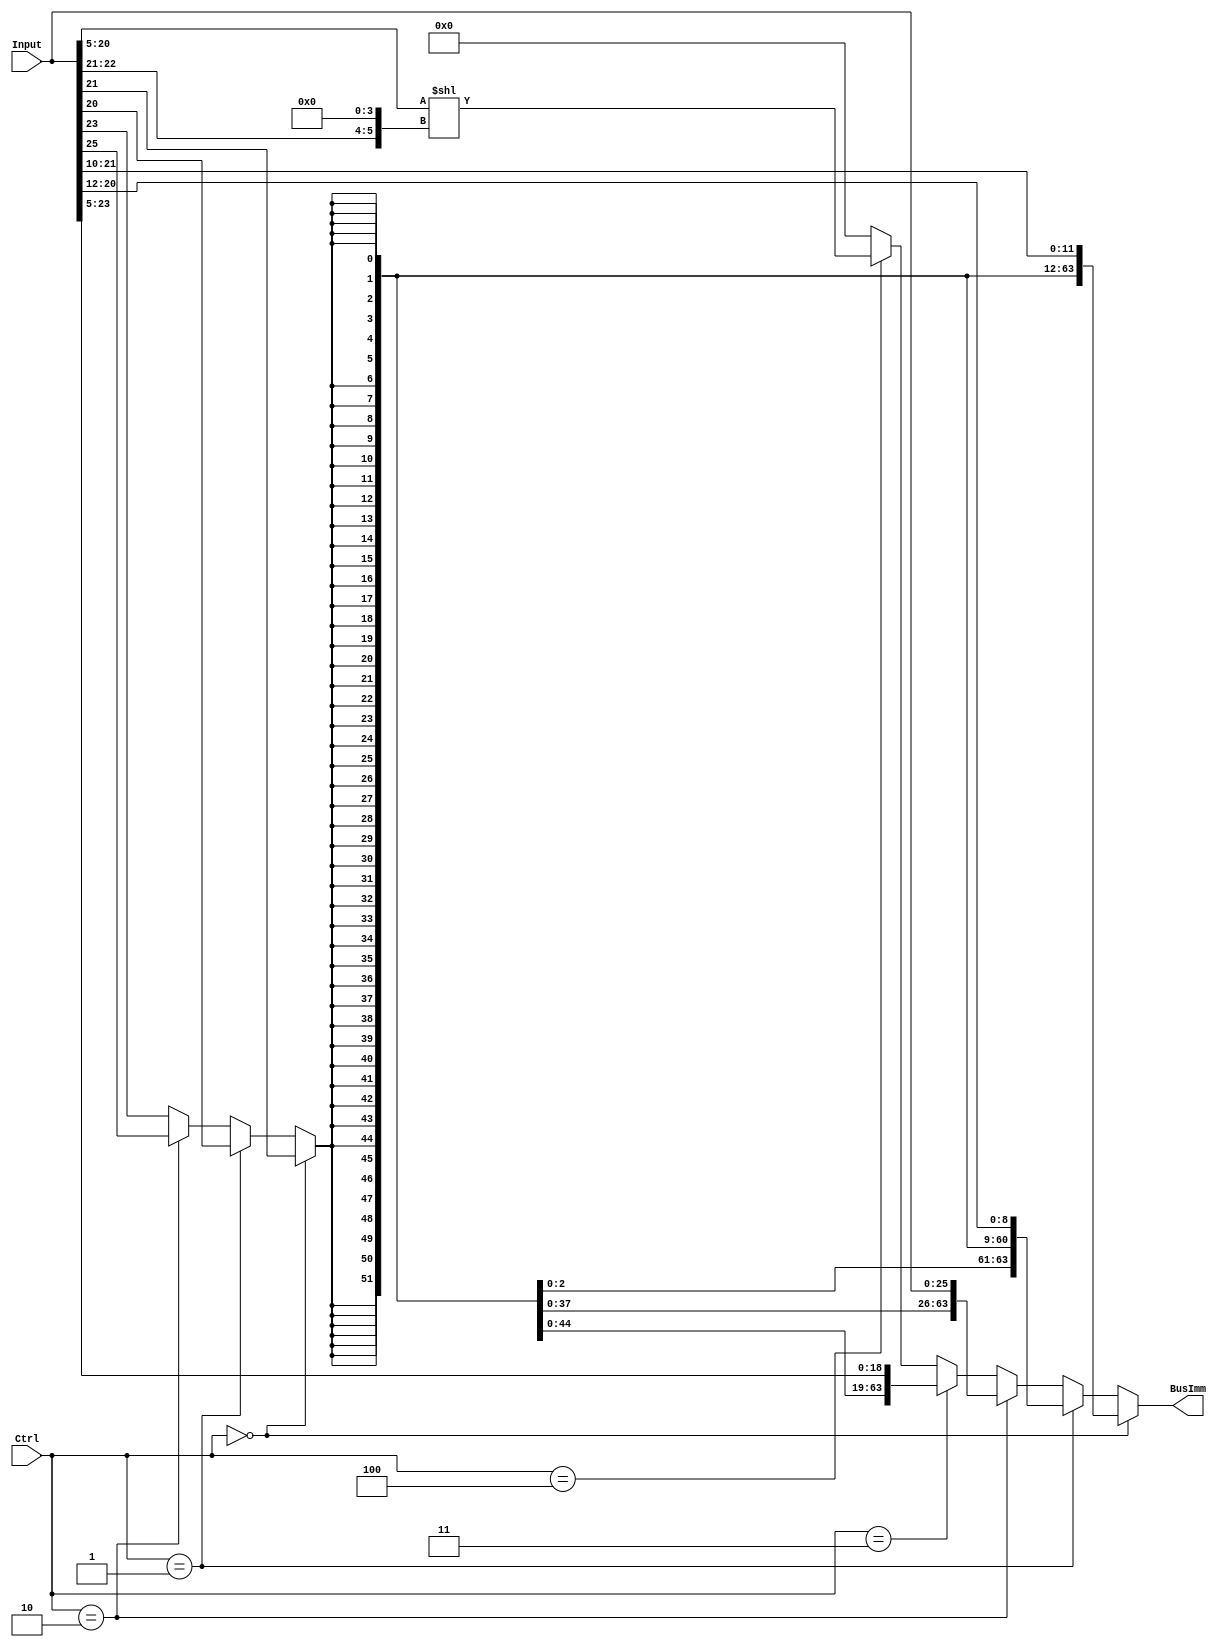
`define I   3'b000
`define D   3'b001
`define B   3'b010
`define CB  3'b011
`define IM  3'b100

module SignExtender(BusImm, Input, Ctrl); 
   output [63:0] BusImm; 
   input [25:0]  Input; 
   input [2:0]	 Ctrl; 
   
   wire 	 extBit;

   wire [6:0] 	 shift;
   wire [63:0]   movz;

   assign shift = Input[22:21] << 4;     // Get shift * 16
   assign movz  = Input[20:5] << shift;  // movz_imm << shift

   assign extBit =
		  (Ctrl ==  `I) ? Input[21] : // I
		  (Ctrl ==  `D) ? Input[20] : // D
		  (Ctrl ==  `B) ? Input[25] : // B
          (Ctrl == `CB) ? Input[23] : // CB
          1'b0;                       // IM and default

   
   assign BusImm =
		  (Ctrl ==  `I) ? {{52{extBit}}, Input[21:10]} : // I
		  (Ctrl ==  `D) ? {{55{extBit}}, Input[20:12]} : // D
		  (Ctrl ==  `B) ? {{38{extBit}}, Input[25: 0]} : // B
          (Ctrl == `CB) ? {{45{extBit}}, Input[23: 5]} : // CB
          (Ctrl == `IM) ? {movz} : {64'b0};  // Default BusImm = 0
endmodule